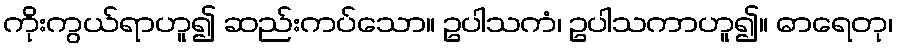
ကိုးကွယ်ရာဟူ၍ ဆည်းကပ်သော။ ဥပါသကံ၊ ဥပါသကာဟူ၍။ ဓာရေတု၊